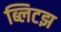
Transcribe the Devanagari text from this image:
ब्लिटझ